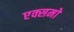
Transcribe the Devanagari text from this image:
एक्समो